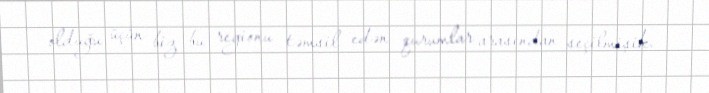
olduğu üçün biz bu regionu təmsil edən qurumlar arasından seçilmişik.